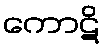
ကောဋိ